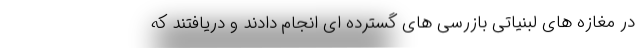
در مغازه های لبنیاتی بازرسی های گسترده ای انجام دادند و دریافتند که